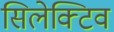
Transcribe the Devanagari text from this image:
सिलेक्टिव